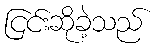
ငြင်းဆိုခဲ့သည်